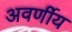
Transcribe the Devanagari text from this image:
अवर्णीय